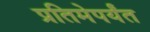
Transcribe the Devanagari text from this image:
प्रतिमेपर्यंत